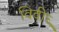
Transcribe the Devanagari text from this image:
विवीध्